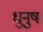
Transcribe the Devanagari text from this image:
धुनुष